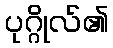
ပုဂ္ဂိုလ်၏